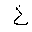
Letter: _kha